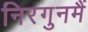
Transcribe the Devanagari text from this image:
निरगुनमैं